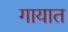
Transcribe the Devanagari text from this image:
गायात